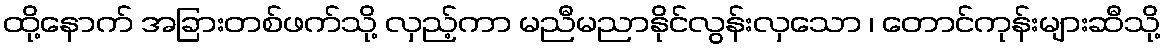
ထို့နောက် အခြားတစ်ဖက်သို့ လှည့်ကာ မညီမညာနိုင်လွန်းလှသော ၊ တောင်ကုန်းများဆီသို့